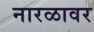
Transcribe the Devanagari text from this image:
नारळावर